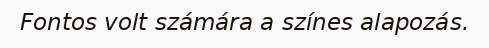
Fontos volt számára a színes alapozás.